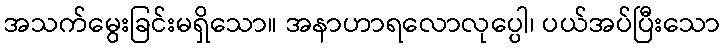
အသက်မွေးခြင်းမရှိသော။ အနာဟာရလောလုပ္ပေါ၊ ပယ်အပ်ပြီးသော